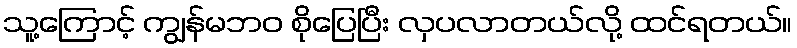
သူ့ကြောင့် ကျွန်မဘဝ စိုပြေပြီး လှပလာတယ်လို့ ထင်ရတယ်။